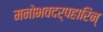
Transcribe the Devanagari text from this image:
मनोभवदर्पहारिन्